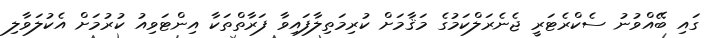
ގައި ބޭއްވުނު ސެކްރެޓަރީ ޖެނެރަލްކަމުގެ މަޤާމަށް ކުރިމަތިލާފައިވާ ފަރާތްތަކާ އިންޓަވިއު ކުރުމަށް އެކުލަވާލި